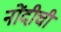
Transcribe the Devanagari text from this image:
नोंदीची